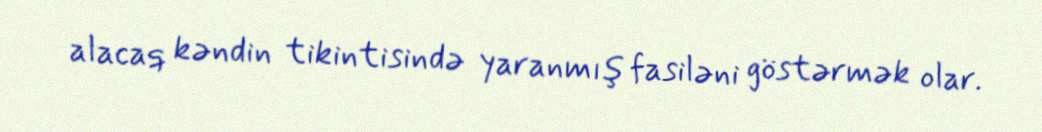
alacaq kəndin tikintisində yaranmış fasiləni göstərmək olar.